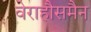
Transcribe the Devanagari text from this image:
वेराहौसमैन